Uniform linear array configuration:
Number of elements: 8
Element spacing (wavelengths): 0.75
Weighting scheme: hamming
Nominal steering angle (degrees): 60
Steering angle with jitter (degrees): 60.939
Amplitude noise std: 0.05
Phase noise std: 0.05

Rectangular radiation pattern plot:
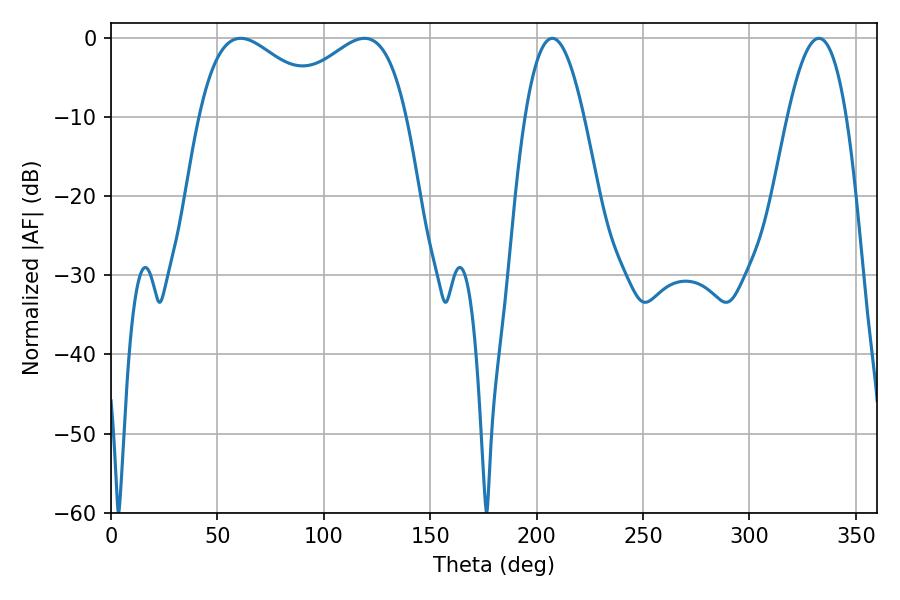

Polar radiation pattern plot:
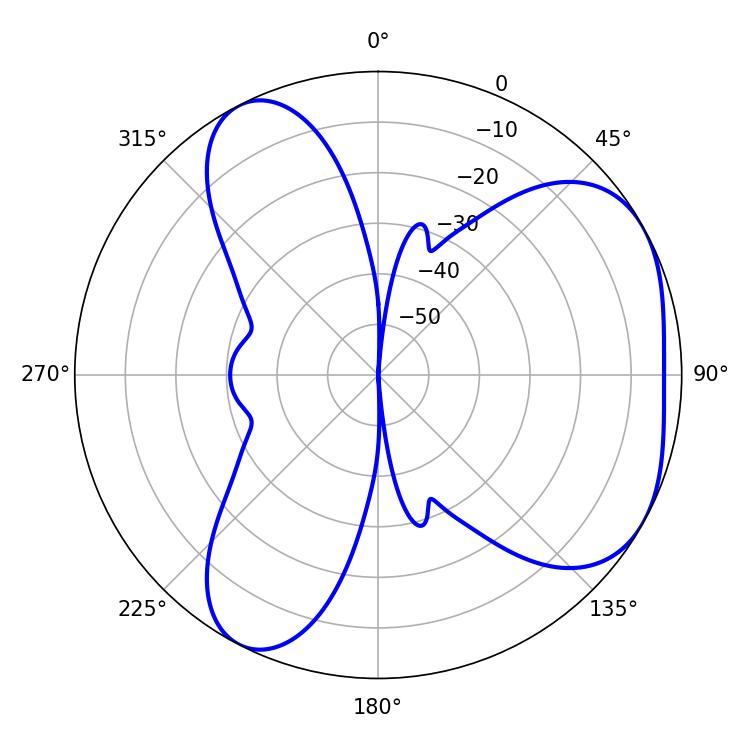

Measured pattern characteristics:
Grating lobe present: TRUE
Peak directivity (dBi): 4.383
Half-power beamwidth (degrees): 15.12
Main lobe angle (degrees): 207.36